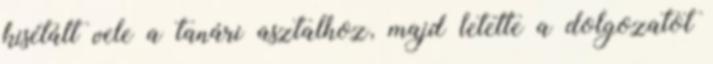
kisétált vele a tanári asztalhoz, majd letette a dolgozatot